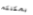
يمكنكم